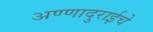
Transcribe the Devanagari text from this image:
अण्णादुराईचे